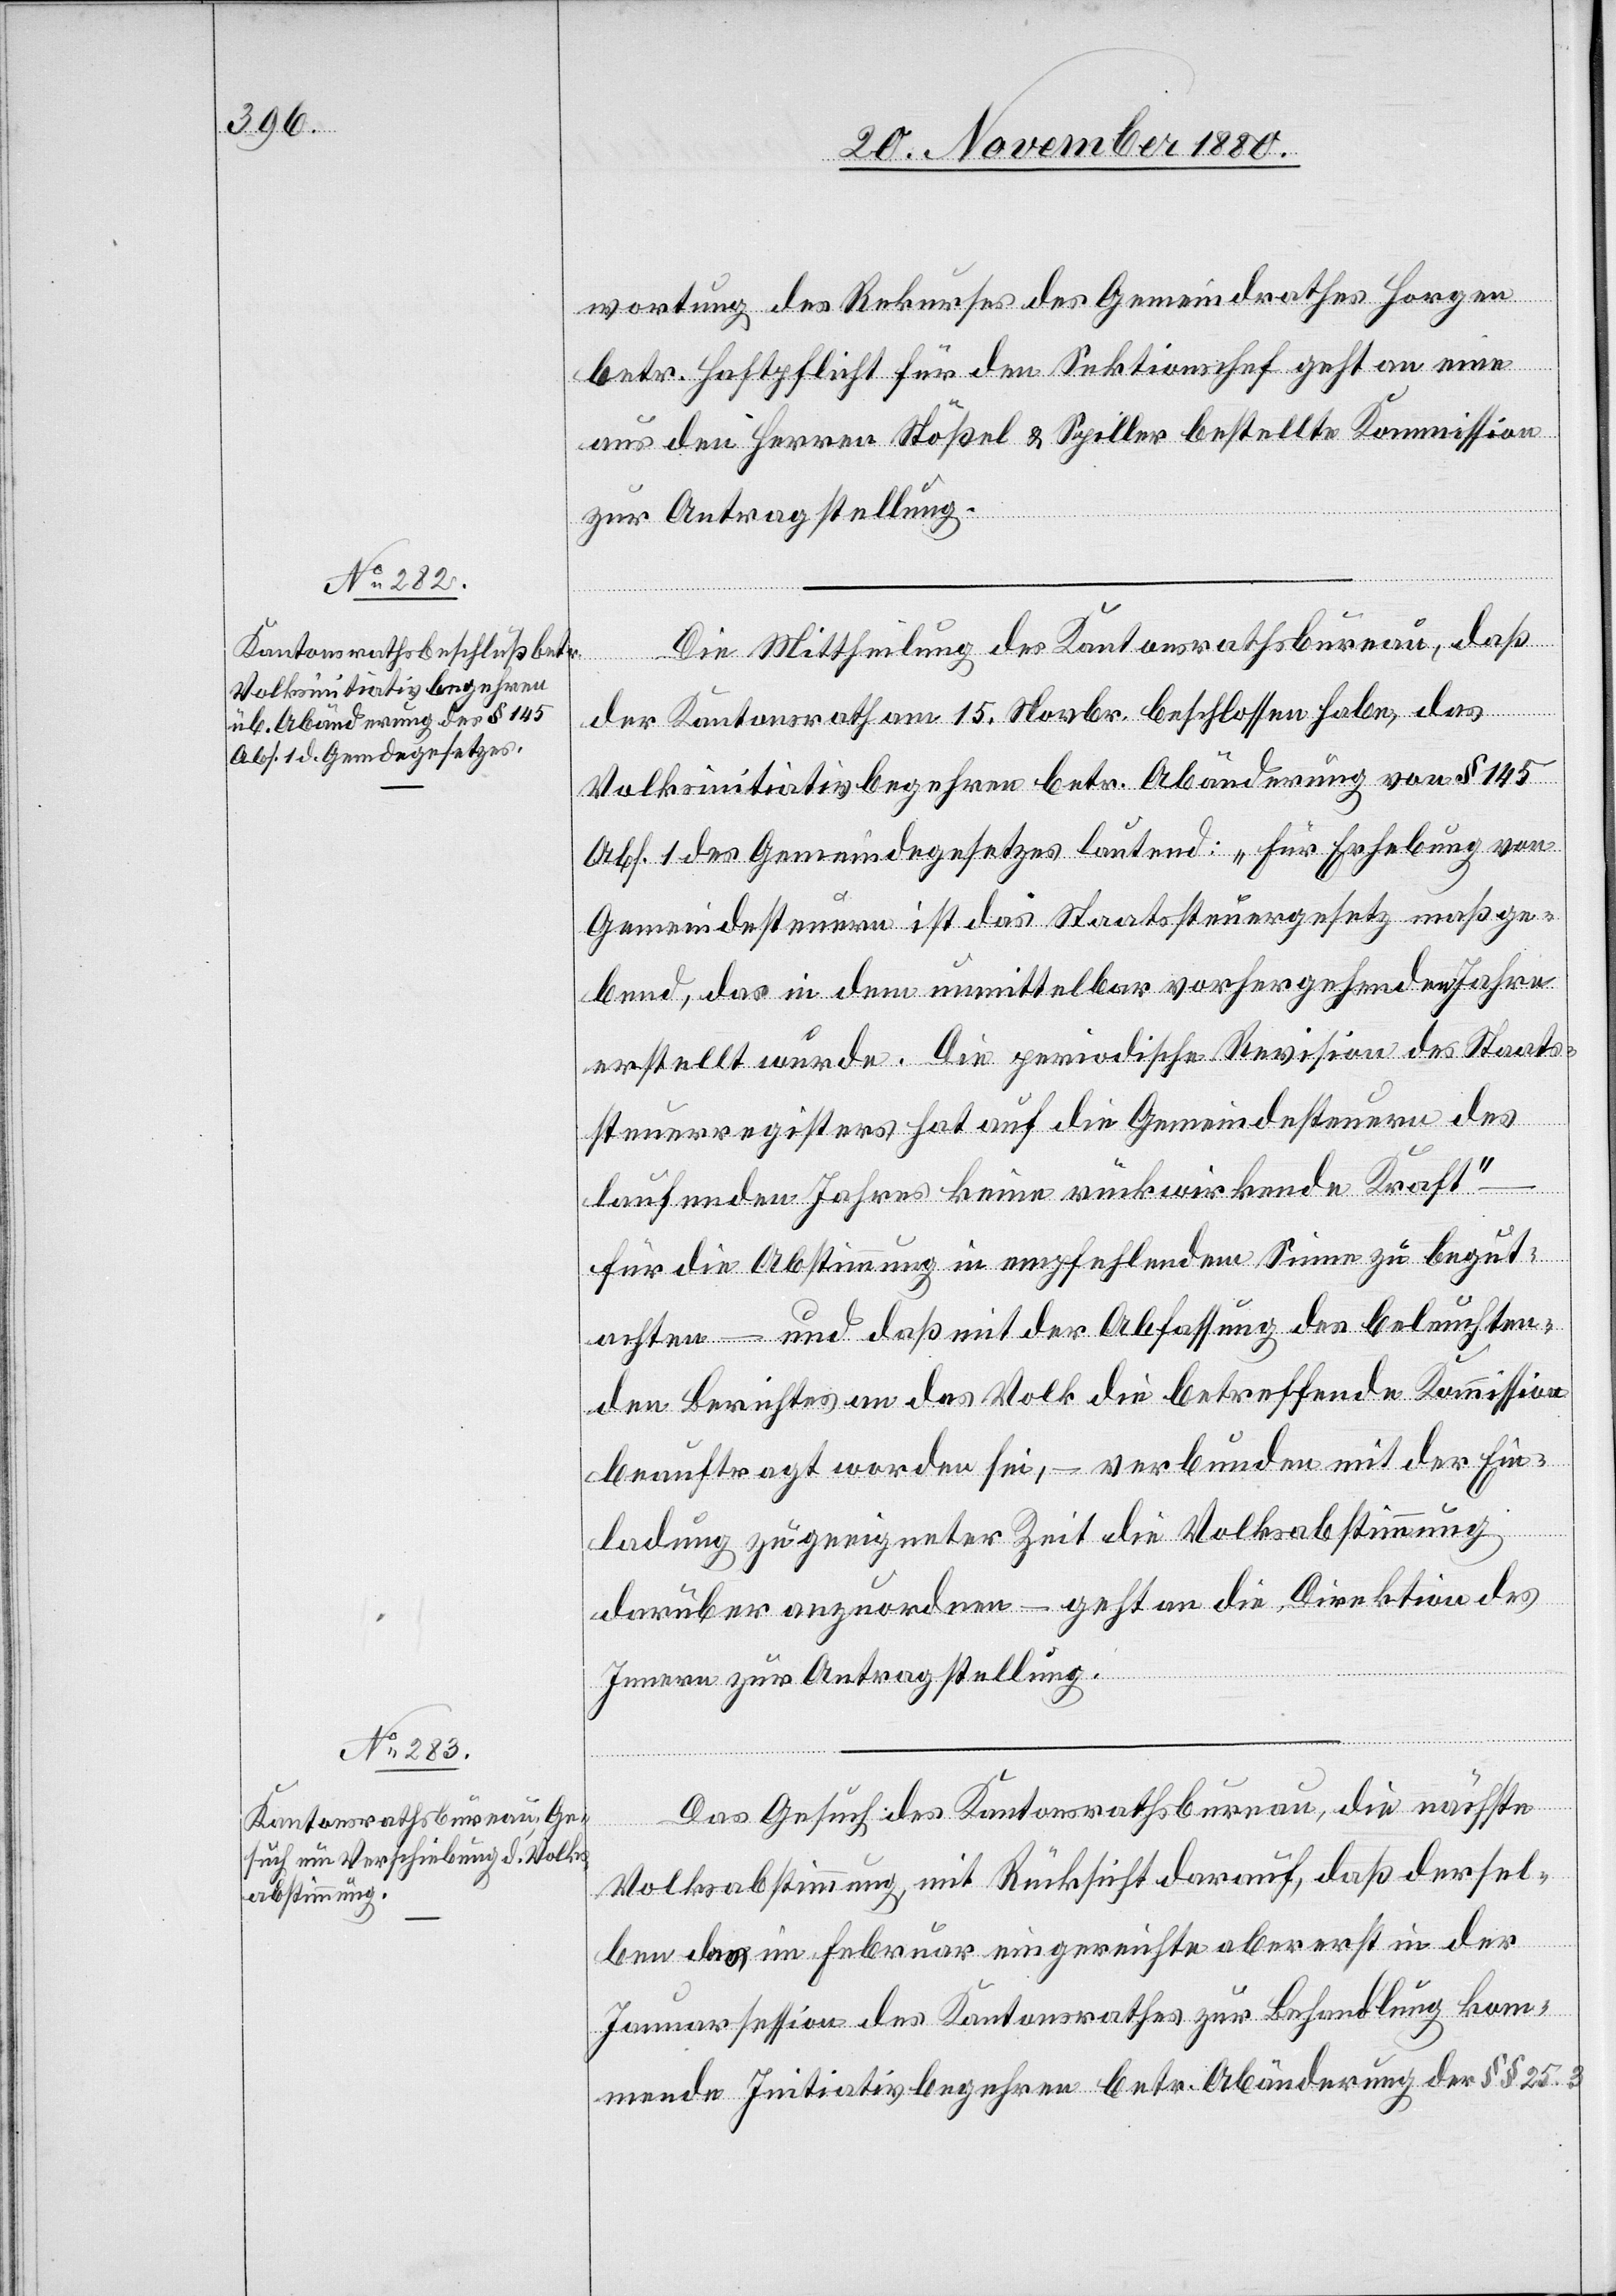
wortung des Rekurses des Gemeindrathes Horgen
betr. Haftpflicht für den Sektionschef geht an eine
aus den Herren Stößel & Spiller bestellte Kommission
zur Antragstellung.
Die Mittheilung des Kantonsrathsbureau, daß
der Kantonsrath am 15. Novbr. beschlossen habe, das
Volksinitiativbegehren betr. Abänderung von § 145
Abs. 1 des Gemeindegesetzes lauten: „Für Erhebung von
Gemeindesteuern ist das Staatssteuergesetz maßge¬
bend, das indem unmittelbar vorhergehenden Jahre
erstellt wurde. Die periodische Revision des Staats¬
steuerregisters hat auf die Gemeindesteuern des
laufenden Jahres keine rückwirkende Kraf¬
t“ – und daß mit der Abfassung des beleuchten¬
den Berichtes an das Volk die betreffende Kommission
beauftragt worden sei, – verbunden mit der Ein¬
ladung zu geeigneter Zeit die Volksabstimmung
darüber anzuordnen – geht an die Direktion des
Innern zur Antragstellung.
Das Gesuch des Kantonsrathsbureau, die nächste
Volksabstimmung, mit Rücksicht darauf, daß dersel¬
ben das im Februar eingereichte aber erst in der
Januarsession des Kantonsrathes zur Behandlung kom¬
mende Initiativbegehren betr. Abänderung der §§ 25.3